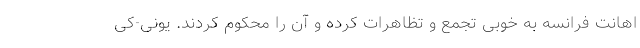
اهانت فرانسه به خوبی تجمع و تظاهرات کرده و آن را محکوم کردند. یونی-کی